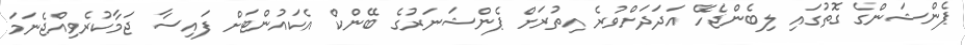
ޕެންޝަންގެ ގޮތުގައި ލިބެންޖެހޭ އަދަދަށްވުރެ އިތުރަށް ޕެންޝަނަރުގެ ބޭންކް އެކައުންޓަށް ފައިސާ ޖަމާކުރެވިއްޖެނަމަ